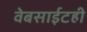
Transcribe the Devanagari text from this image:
वेबसाईटही